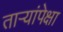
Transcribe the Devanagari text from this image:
तार्‍यांपेक्षा